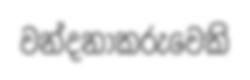
වන්දනාකරුවෙකි